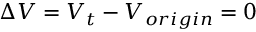
\Delta V = V _ { t } - V _ { o r i g i n } = 0